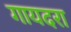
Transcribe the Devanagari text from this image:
गायदरा